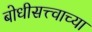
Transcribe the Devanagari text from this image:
बोधीसत्त्वाच्या